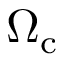
\Omega _ { \mathrm { c } }